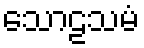
သောဠသမံ